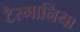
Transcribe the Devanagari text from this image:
टैस्मानिया